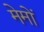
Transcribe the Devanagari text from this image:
मेमों